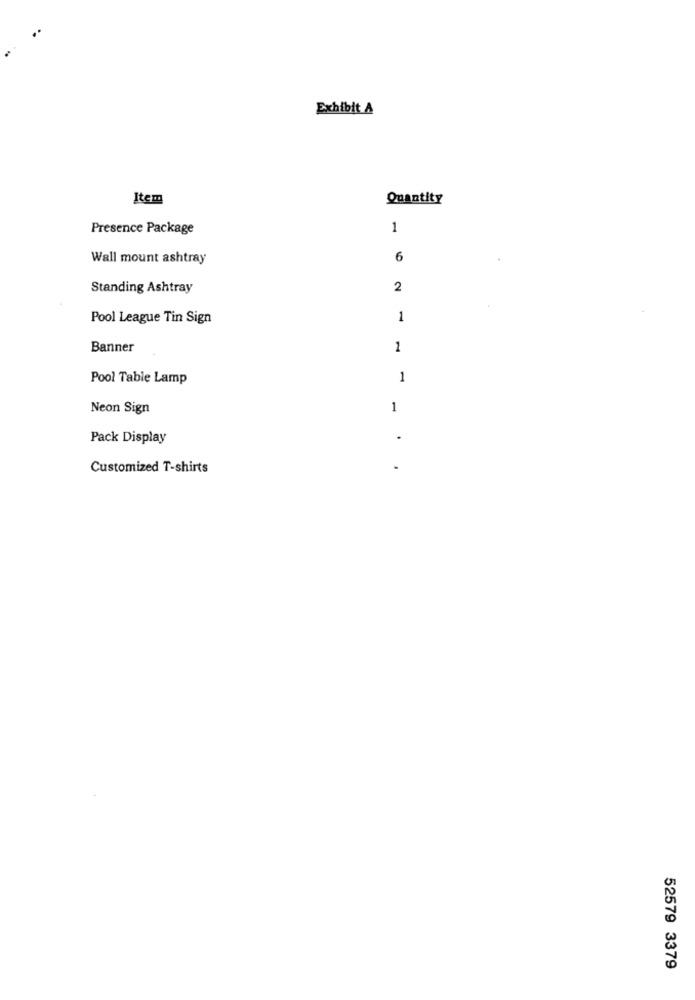
Exhibit A
Item
Quantity
Presence Package
1
Wall mount ashtray
6
Standing Ashtray
2
Pool League Tin Sign
1
Banner
1
Pool Table Lamp
1
Neon Sign
1
Pack Display
Customized T-shirts
52579 3379